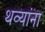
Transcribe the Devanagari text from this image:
थव्यांना